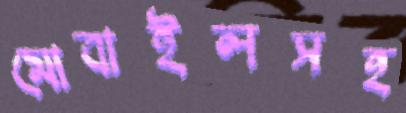
মোবাইলসহ